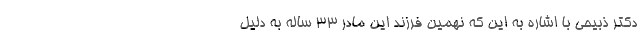
دکتر ذبیحی با اشاره به این که نهمین فرزند این مادر ۳۳ ساله به دلیل